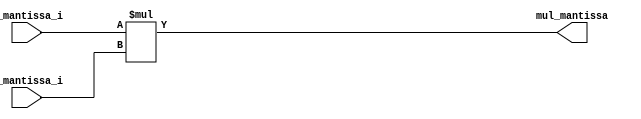
`timescale 1ns / 1ps
//////////////////////////////////////////////////////////////////////////////////
// Company: 
// Engineer: 
// 
// Design Name: 
// Module Name:    multiply 
// Project Name: 
// Target Devices: 
// Tool versions: 
// Description: 
//
// Dependencies: 
//
// Revision: 
// Revision 0.01 - File Created
// Additional Comments: 
//
//////////////////////////////////////////////////////////////////////////////////
module multiply #(	parameter size_mantissa = 24,	//mantissa bits
							parameter size_counter	= 5,	//log2(size_mantissa) + 1 = 5
							parameter size_mul_mantissa = size_mantissa + size_mantissa)
						(	input [size_mantissa - 1:0] a_mantissa_i,
							input [size_mantissa - 1:0] b_mantissa_i,
							output [size_mul_mantissa-1:0] mul_mantissa);

	assign mul_mantissa = a_mantissa_i * b_mantissa_i;

endmodule